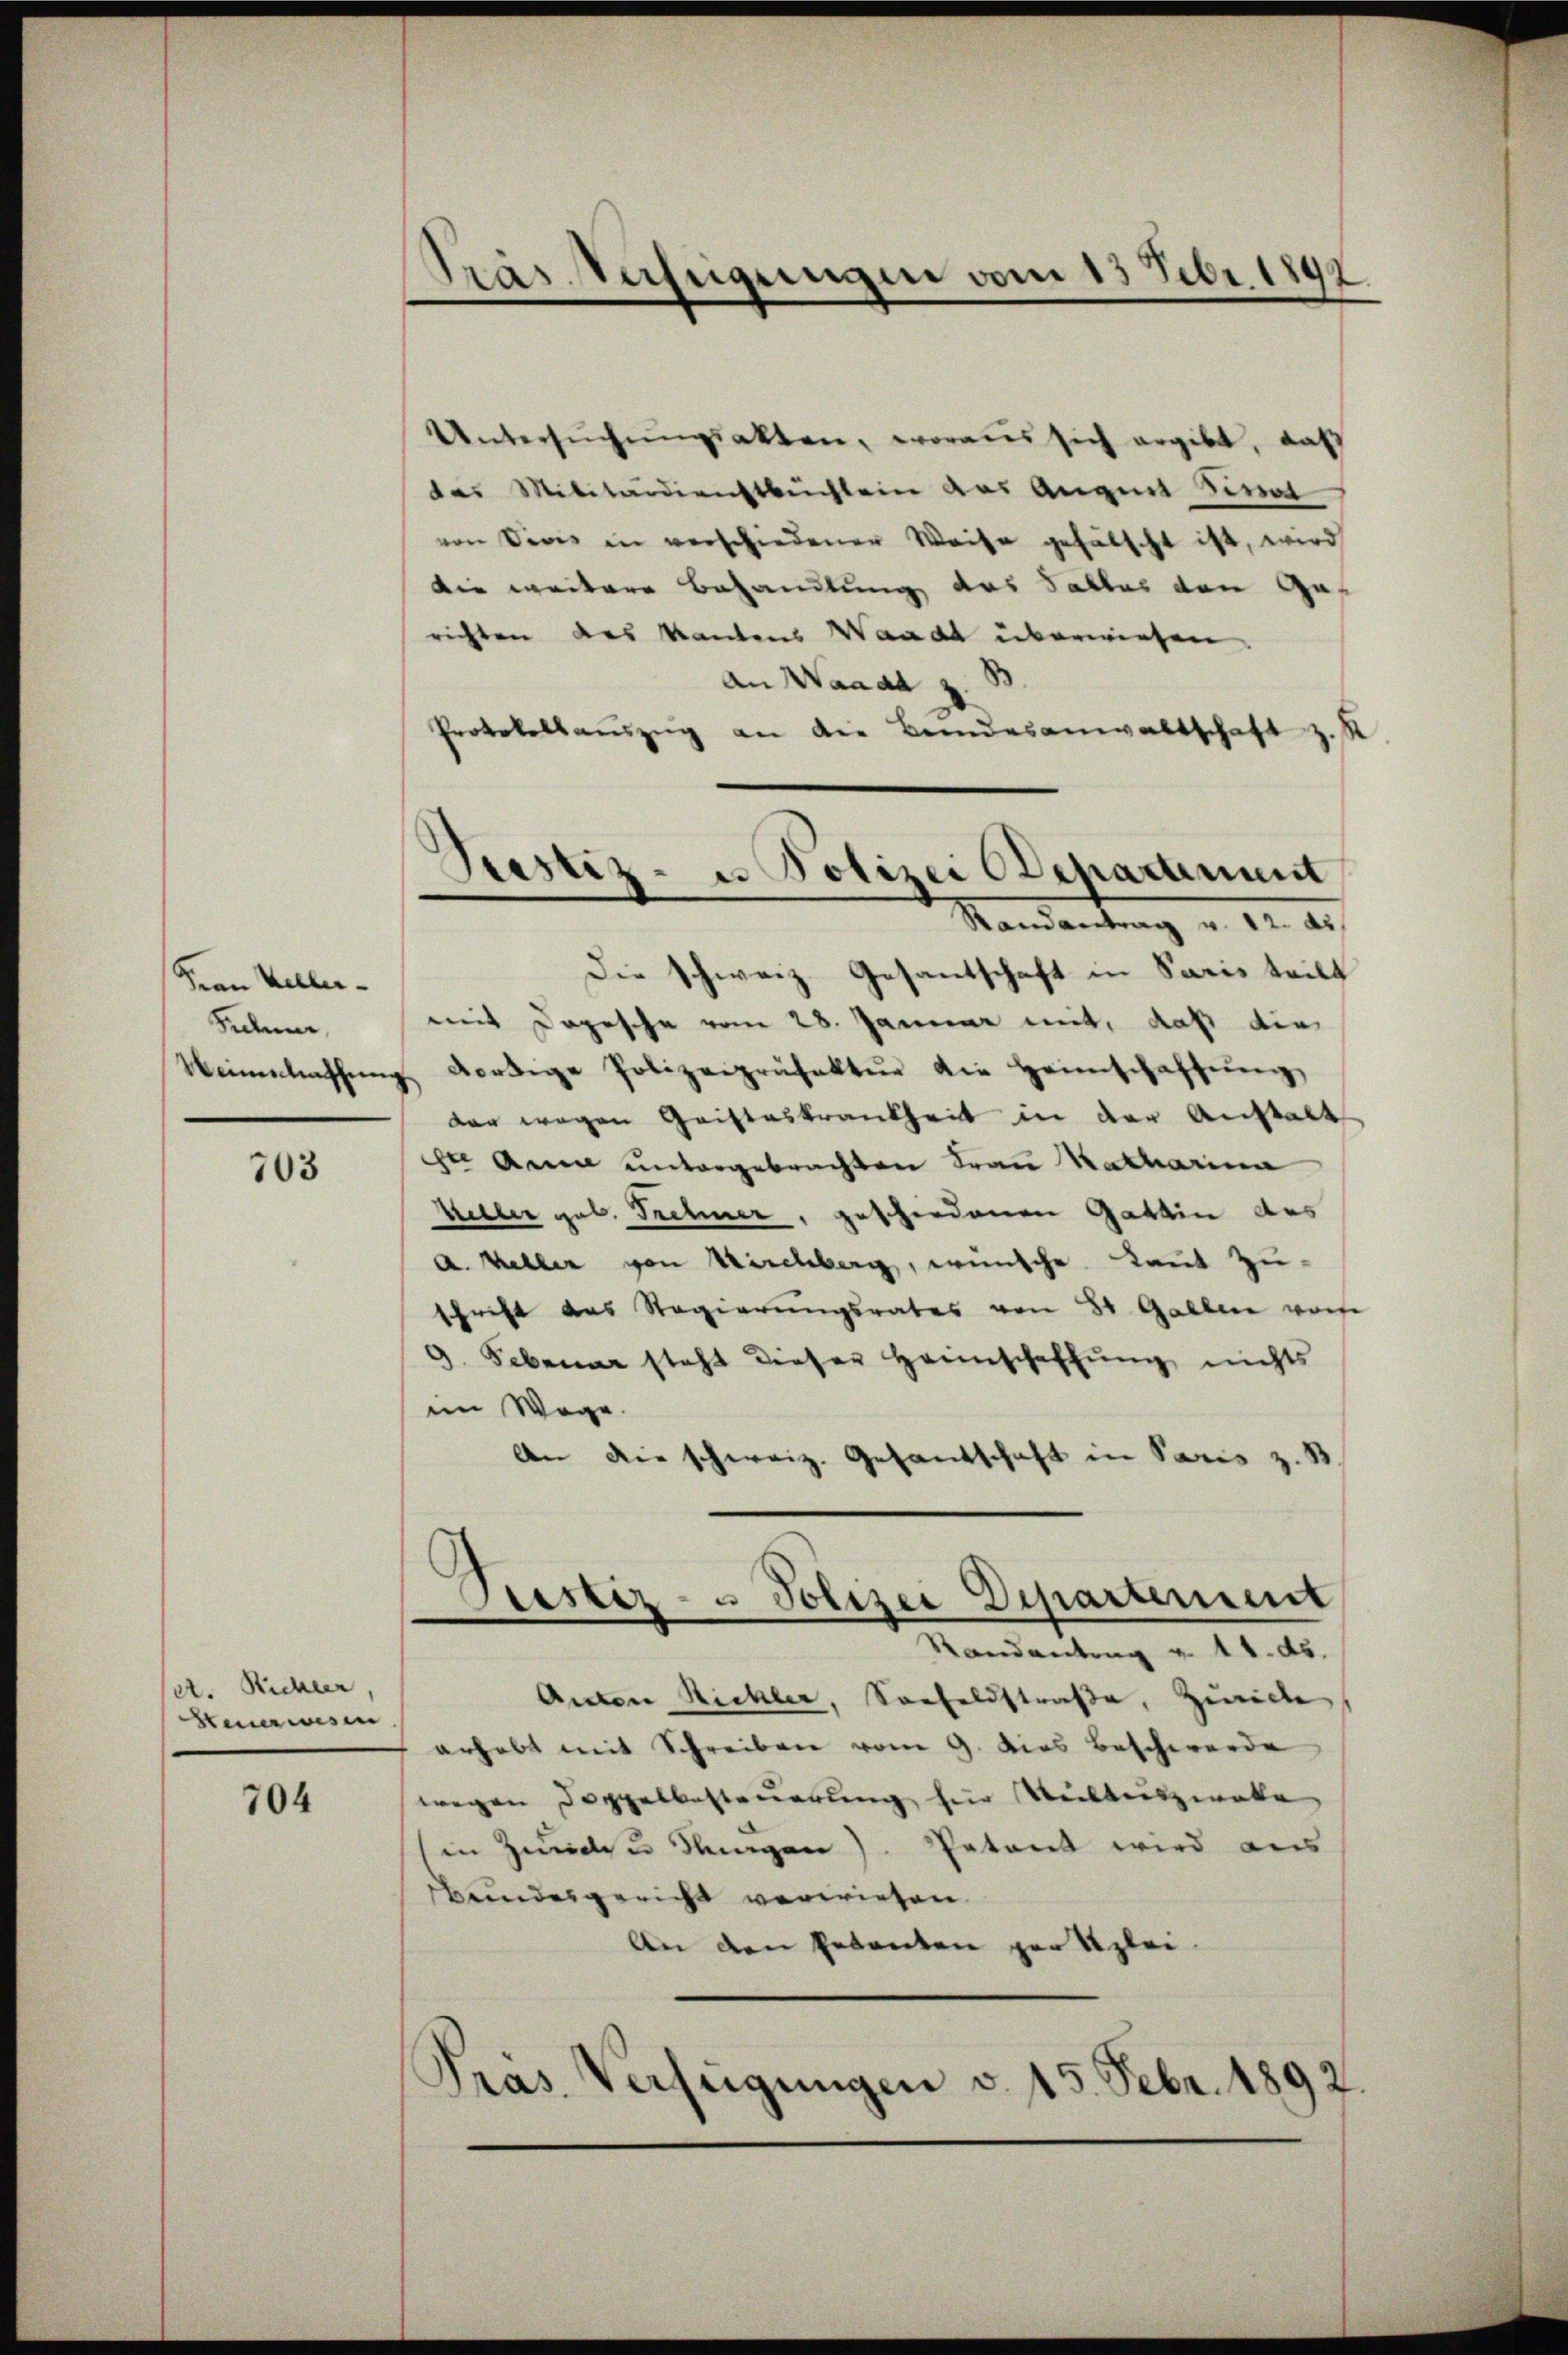
Frau Keller-
Sichener,

703

set. Richter,
Steuerwesen

704

Pras Verfügungen vom 13 Febr. 1892.

Justiz- u Polizei Departement
Randantrag u. 12. ds

Untersŭchŭngsakten, woraus sich ergibt, daß
das Militärdienstbüchlein das Augen Senat
von Divis in verschiedener Weise gefälscht ist, wird
Die weitere Behandlung das Falles von Gerichten das kantons Waadt überwiesen.
An Waadt z. B
Protokollauszug an die Bundesanwaltschaft
.
Die Schweiz. Gesantschaft in Saris teilt
mit Depesche vom 28. Januar mit, daß die
Weinerlassŭng dortige Polizeipräfektur die Heimschaffŭng
der wegen Geisteskrankheit in der Anstalt
er Anna untergebrachten Frau Katharina
Müler geb. Trehner, geschiedenen Gattin des
a. eller von Kirchberg, wünsche Laut Zu-
schrift das Regierŭngsrates von 8 Gallen wor
9. Februar steht dieser Heimschaffŭng nichts
im Wege.
An die schweiz. Gesandschaft in Paris z. B
Prestiz- u Polizei Departement
Randantrag v. 11. ds.
Anton Richler, Seefeldstraße, Zwecke
erhebt mit Schreiben vom 9. dies Beschwerde
wegen Doppelbesteuerung hier Weilweiszwote
in Zund zu Wagen). Petent wird aus
Bundesgericht verwiesen.
An den Petenten par Klei
d
Pras. Verfügungen v. 15. Febr. 1892.